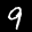
Label: 9